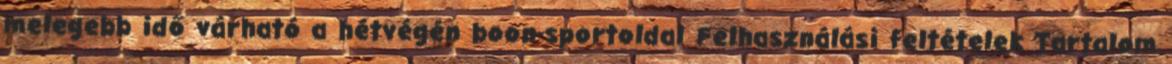
melegebb idő várható a hétvégén boon-sportoldal Felhasználási feltételek Tartalom